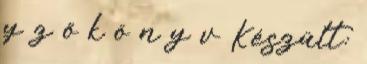
y z ő k ö n y v Készült: